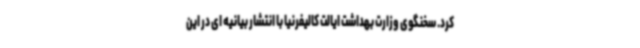
کرد. سخنگوی وزارت بهداشت ایالت کالیفرنیا با انتشار بیانیه ای در این